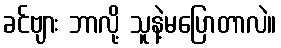
ခင်ဗျား ဘာလို့ သူနဲ့မပြောတာလဲ။